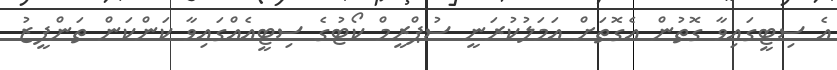
އެ ސިޓީގައިވާ ގޮތުން އެގޮތަށް އަމަލުކުރަނީ ސުޕްރީމް ކޯޓުގެ ސިޓީއެއްގައިވާ ކަންކަން ތަންފީޒު